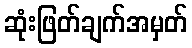
ဆုံးဖြတ်ချက်အမှတ်